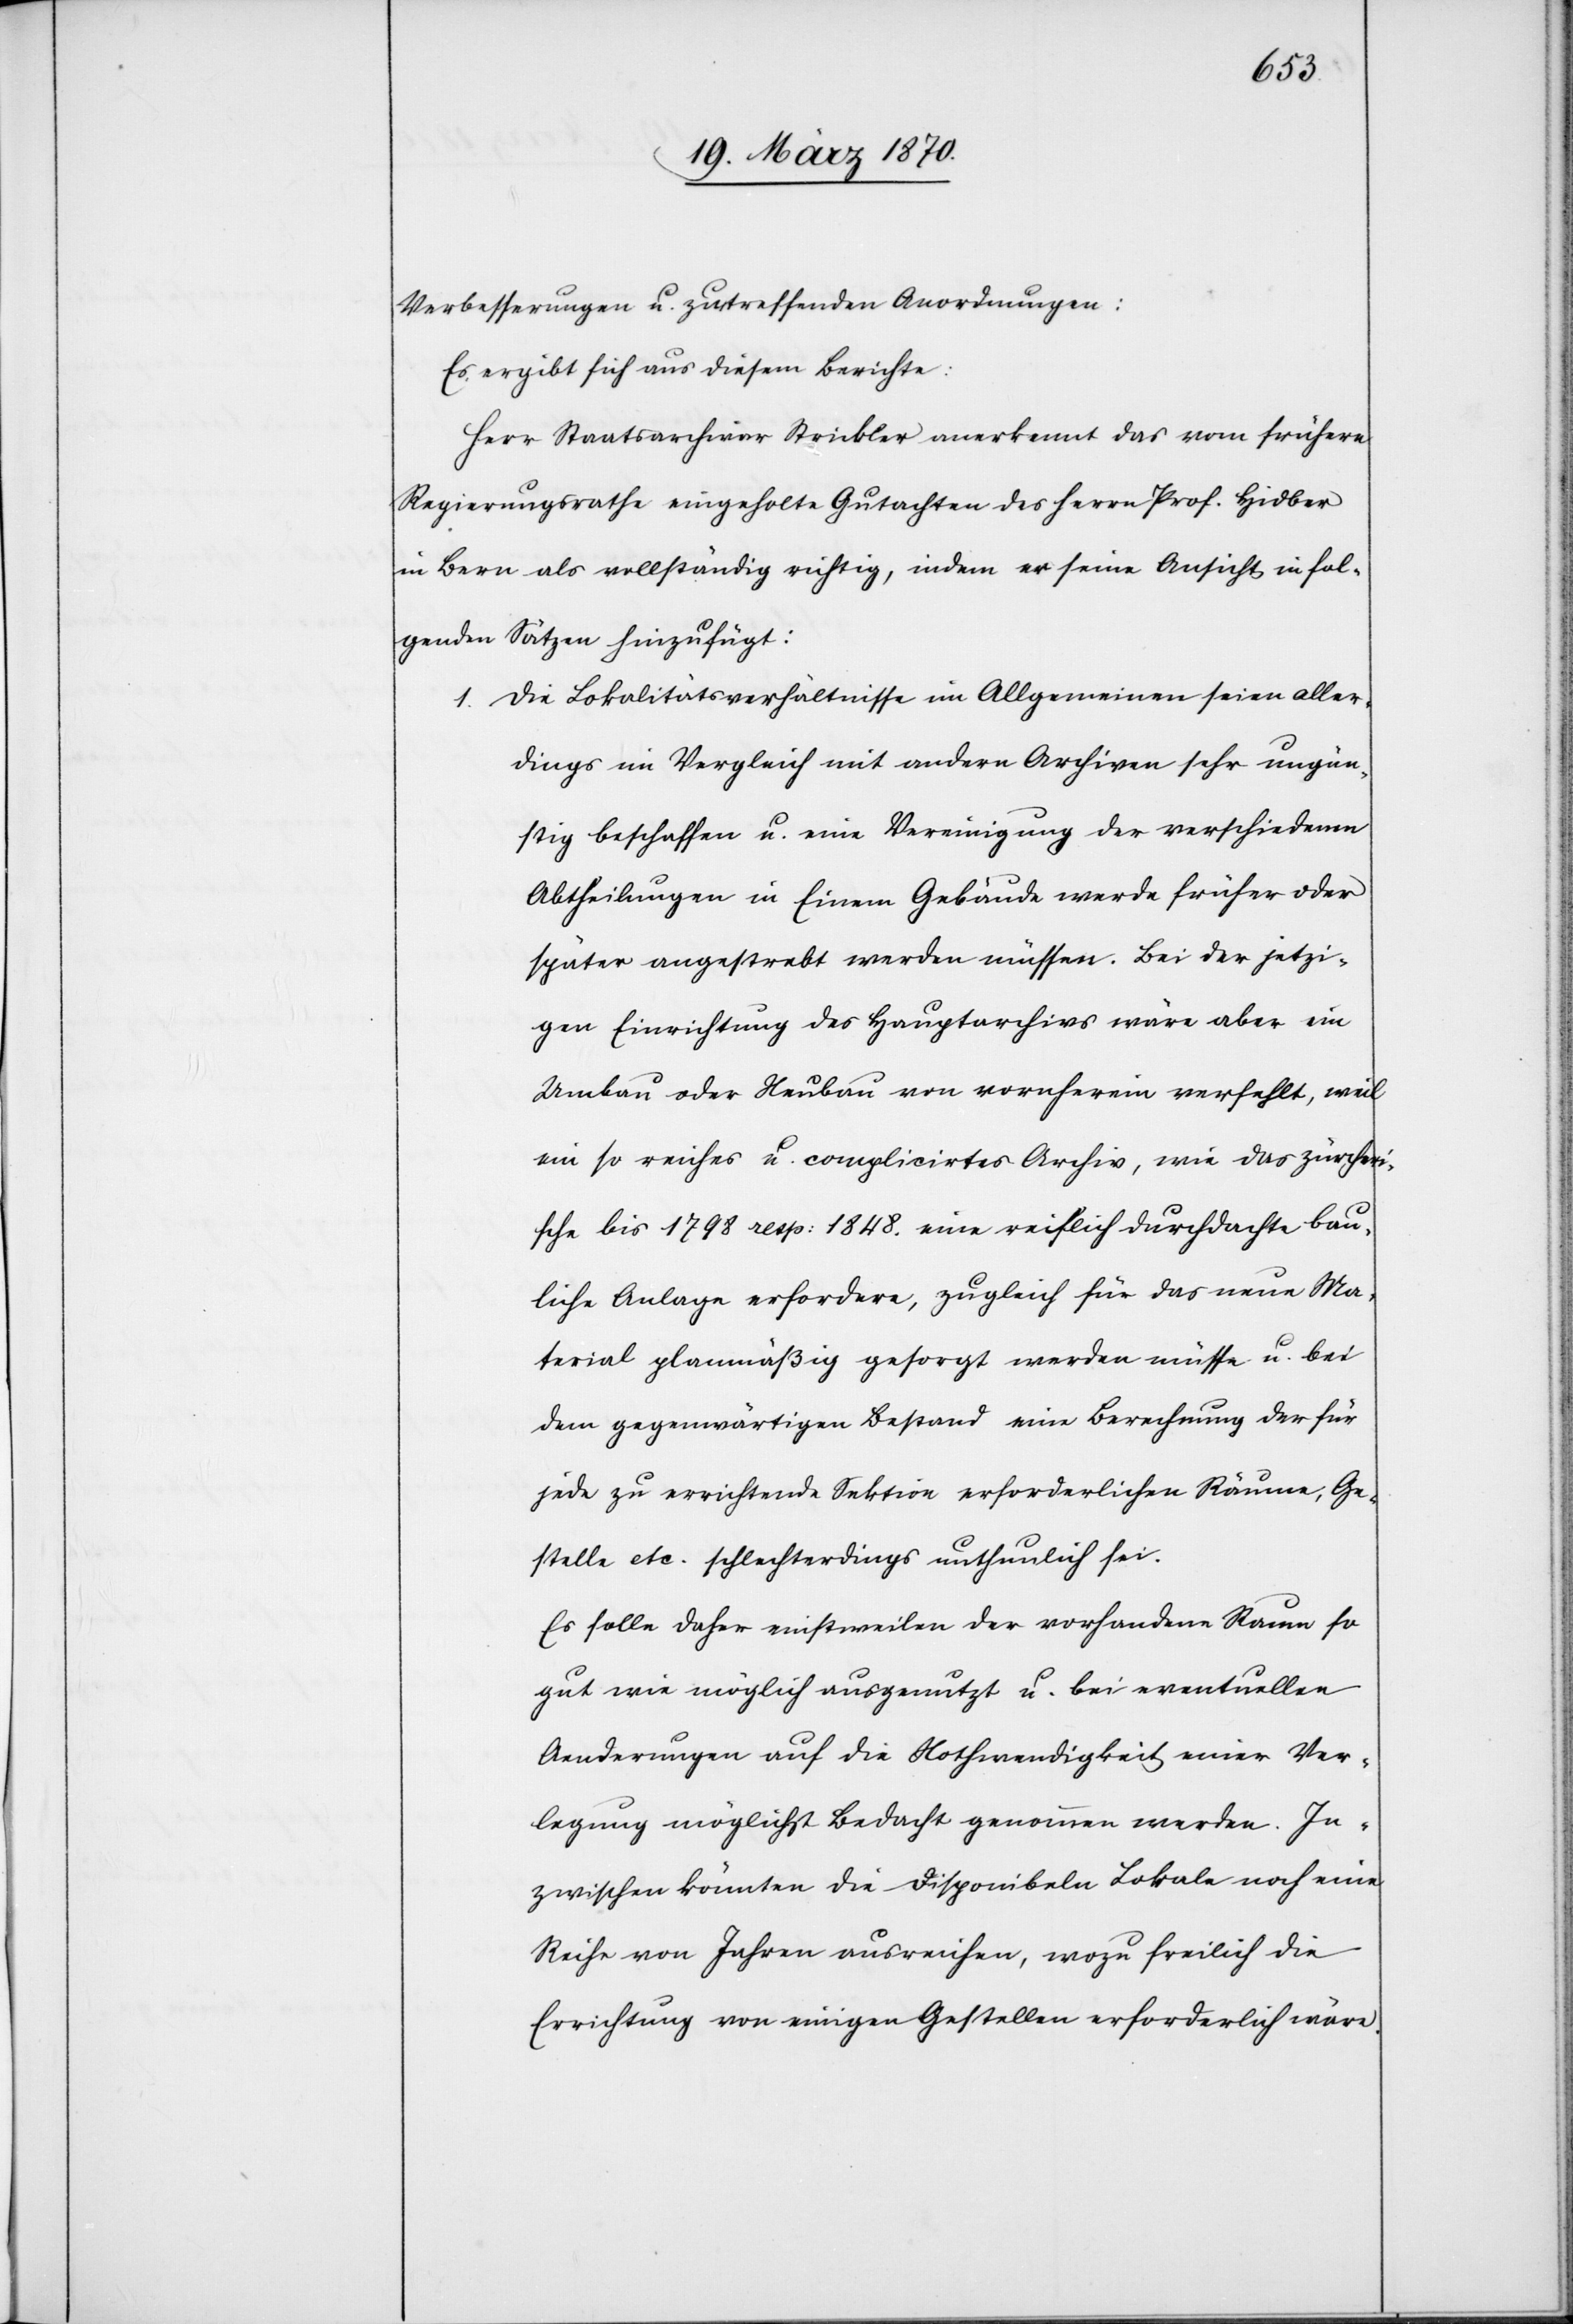
Verbesserungen u. zu treffenden Anordnungen:
Es ergibt sich aus diesem Berichte:
Herr Staatsarchivar Strickler anerkennt das vom frühern
Regierungsrathe eingeholte Gutachten des Herrn Prof. Hidber
in Bern als vollständig richtig, indem er seine Ansicht in fol¬
genden Sätzen hinzufügt:
Die Lokalitätsverhältnisse im Allgemeinen seien aller¬
1.
dings im Vergleich mit andern Archiven sehr ungen¬
ügend beschaffen u. eine Vereinigung der verschiedenen
Abtheilungen in Einem Gebäude werde früher oder
später angestrebt werden müssen. Bei der jetzi¬
gen Einrichtung des Hauptarchivs wäre aber ein
Umbau oder Neubau von vornherein verfehlt, weil
ein so reiches u. complicirtes Archiv, wie das zürcheri¬
sche bis 1798 resp: 1848 eine reiflich durchdachte bau¬
liche Anlage erfordere, zugleich für das neue Ma¬
terial planmäßig gesorgt werden müsse u. bei
dem gegenwärtigen Bestand eine Berechnung der für
jede zu errichtende Sektion erforderlichen Räume, Ge¬
stelle etc. schlechterdings unthunlich sei.
Es solle daher einstweilen der vorhandene Raum so
gut wie möglich ausgenutzt u. bei eventuellen
Aenderungen auf die Nothwendigkeit einer Ver¬
legung möglichst Bedacht genommen werden. In¬
zwischen könnten die disponiblen Lokale noch eine
Reihe von Jahren ausreichen, wozu freilich die
Errichtung von einigen Gestellen erforderlich wäre.